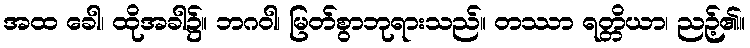
အထ ခေါ၊ ထိုအခါ၌။ ဘဂဝါ၊ မြတ်စွာဘုရားသည်။ တဿာ ရတ္တိယာ၊ ညဉ့်၏။